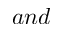
a n d